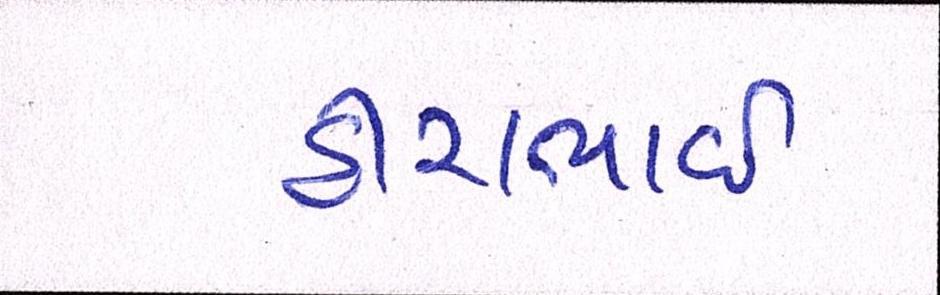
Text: હીરાભાઇ